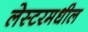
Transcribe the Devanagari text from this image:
लेस्टरमधील